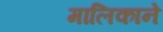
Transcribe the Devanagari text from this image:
मालिकाने